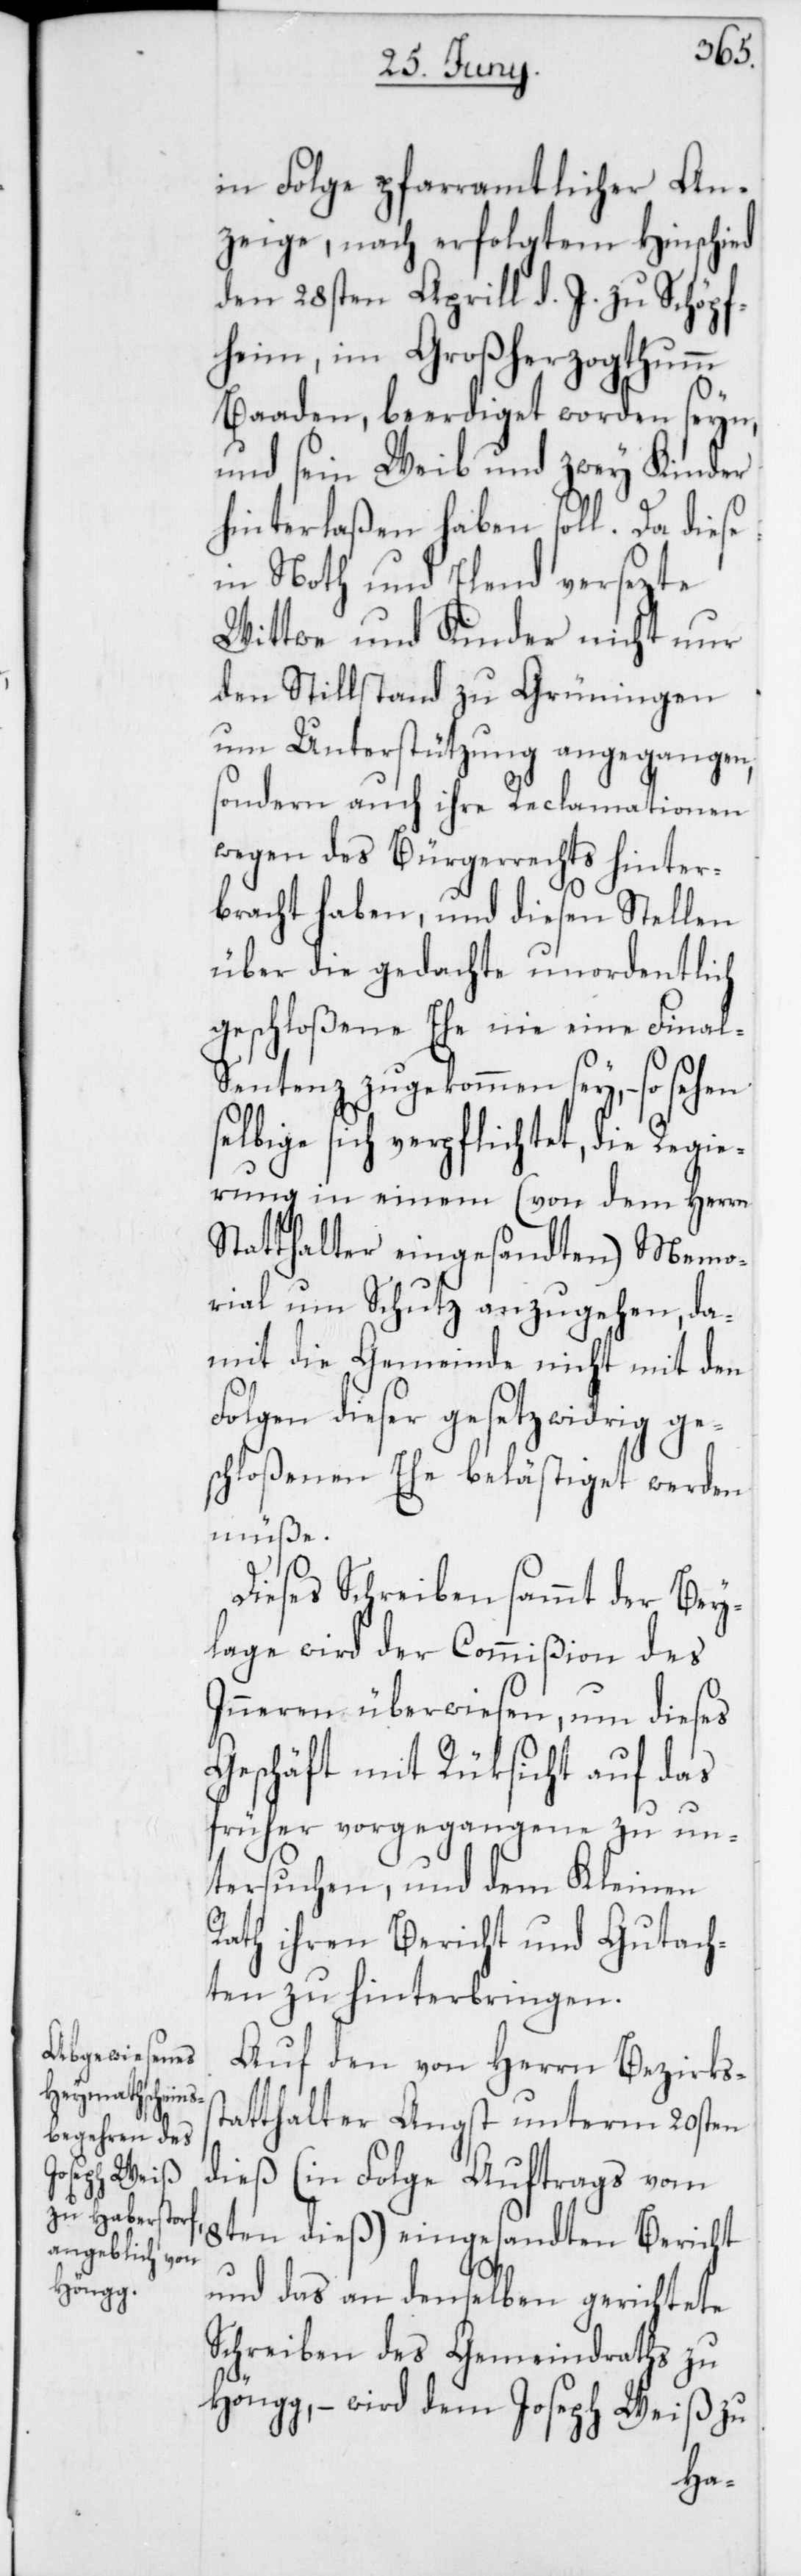
in Folge pfarramtlicher An¬
zeige, nach erfolgtem Hinschied
den 28sten Aprill d. J. zu Schöpf¬
heim im Großherzogthumm
s¬
Baaden, beerdiget worden seyn
und sein Weib und zwey Kinder
hinterlaßen haben soll. Da diese
in Noth und Elend versezte
Wittwe und Kinder nicht nur
den Stillstand zu Grüningen
um Unterstützung angegangen,
sondern auch ihre Reclamationen
wegen des Bürgerrechts hinter¬
bracht haben, und diesen Stellen
über die gedachte unordentlich
geschloßene Ehe nie eine Final-S¬
entenz zugekommen sey, – so sehen
elbige sich verpflichtet, die Regie¬
rung in einem (von dem Herrn
Statthalter eingesandten) Memo¬
rial um Schutz anzugehen, da¬
mit die Gemeinde nicht mit den
Folgen dieser gesetzwidrig ge¬
schloßenen Ehe belästiget werden
müße.
Dieses Schreiben sammt der Bey¬
lage wird der Commißion des
Inneren überwiesen, um dieses
Geschäft mit Rüksicht auf das
früher Vorgegangene zu un¬
tersuchen, und dem Kleinen
Rath ihren Bericht und Gutach¬
ten zu hinterbringen.
Auf den von Herrn Bezirkss¬
tatthalter Angst unterm 20sten
dieß (in Folge Auftrags vom
8ten dieß) eingesandten Bericht
und das an denselben gerichtete
Schreiben des Gemeindraths zu
Höngg, – wird dem Joseph Weiß zu